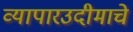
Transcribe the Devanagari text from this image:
व्यापारउदीमाचे